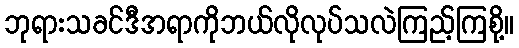
ဘုရားသခင်ဒီအရာကိုဘယ်လိုလုပ်သလဲကြည့်ကြစို့။